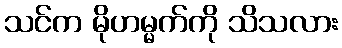
သင်က မိုဟမ္မက်ကို သိသလား